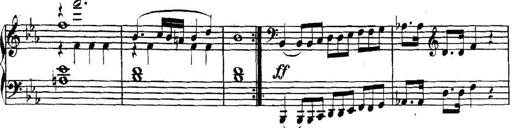
Title: Collected Piano Sonatas
Composer: Muzio Clementi